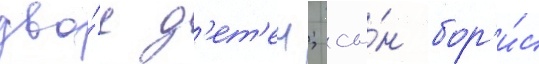
дво́е д'ет'еи; сы́н бор'и́с